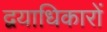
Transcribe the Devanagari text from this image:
द्वयाधिकारों